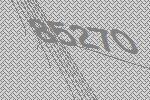
85270